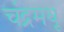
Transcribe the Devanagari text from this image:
चंद्रमधू